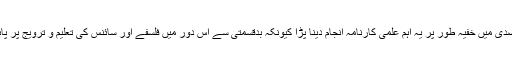
آغا افتخار اخوان الصفا کے بارے میں لکھتے ہیں ستم ظریفی یہ تھی کہ اس جماعت کو دسویں صدی میں خفیہ طور پر یہ اہم علمی کارنامہ انجام دینا پڑا کیونکہ بدقسمتی سے اس دور میں فلسفے اور سائنس کی تعلیم و ترویج پر پابندی تھی اور اہل علم و فن علمی اور سائنسی مشاغل پوشیدہ طور پر ہی جاری رکھ سکتے تھے ۔